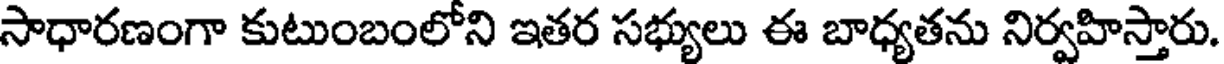
సాధారణంగా కుటుంబంలోని ఇతర సభ్యులు ఈ బాధ్యతను నిర్వహిస్తారు.